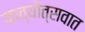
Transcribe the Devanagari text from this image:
काव्योत्सवात